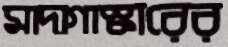
মাদাগাস্কারের